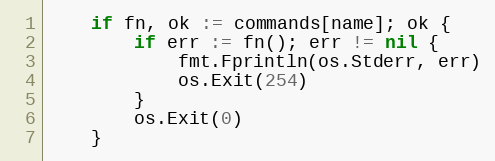
Language: Go
	if fn, ok := commands[name]; ok {
		if err := fn(); err != nil {
			fmt.Fprintln(os.Stderr, err)
			os.Exit(254)
		}
		os.Exit(0)
	}